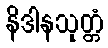
နိဒါနသုတ္တံ